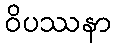
ဝိပဿနာ